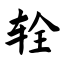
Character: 辁